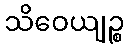
သိဝေယျဉ္စ